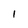
Character: 1